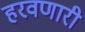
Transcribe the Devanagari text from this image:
हरवणारी